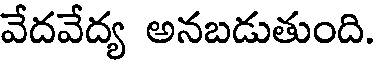
వేదవేద్య అనబడుతుంది.